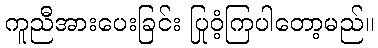
ကူညီအားပေးခြင်း ပြုဝံ့ကြပါတော့မည်။